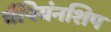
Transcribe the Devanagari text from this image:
चैंपियंनशिप